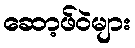
ဆော့ဖ်ဝဲများ